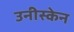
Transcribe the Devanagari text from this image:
उनीस्केन